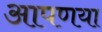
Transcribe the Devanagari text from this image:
आपणया